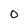
Character: 0